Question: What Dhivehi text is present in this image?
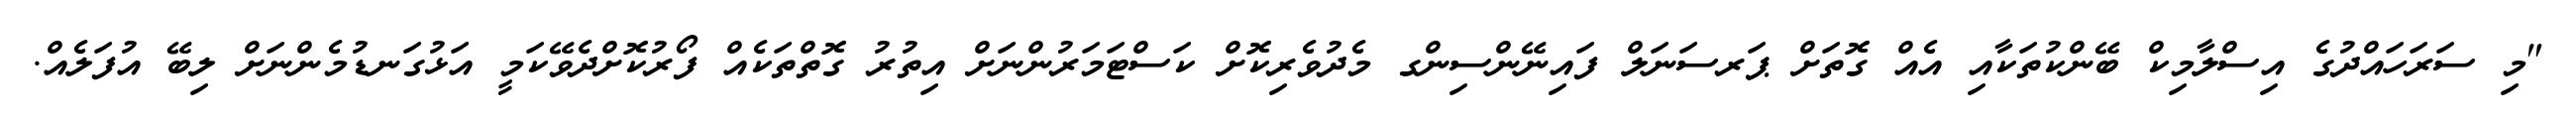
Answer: "މި ސަރަހައްދުގެ އިސްލާމިކް ބޭންކުތަކާއި އެއް ގޮތަށް ޕަރސަނަލް ފައިނޭންސިންގ މެދުވެރިކޮށް ކަސްޓަމަރުންނަށް އިތުރު ގޮތްތަކެއް ފޯރުކޮށްދެވޭކަމީ އަޅުގަނޑުމެންނަށް ލިބޭ އުފަލެއް.